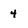
Character: 4